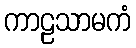
ကာဠသာမကံ